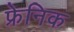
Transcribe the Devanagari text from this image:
फ्रेनिक